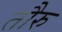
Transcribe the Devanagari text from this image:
तौरु